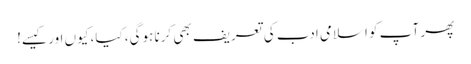
پھر آپ کو اسلامی ادب کی تعریف بھی کرنا ہوگی، کیا، کیوں اور کیسے!